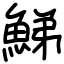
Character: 鮷